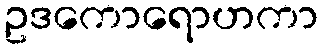
ဥဒကောရောဟကာ